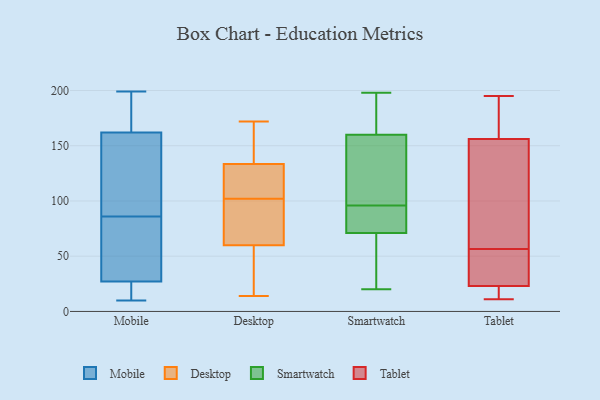
{"axis": {"x": "Page Views", "y": "Value"}, "legend": ["Desktop", "Mobile", "Smartwatch", "Tablet"], "data": [{"x": "", "y": 194, "type": "Mobile"}, {"x": "", "y": 27, "type": "Mobile"}, {"x": "", "y": 23, "type": "Mobile"}, {"x": "", "y": 199, "type": "Mobile"}, {"x": "", "y": 72, "type": "Mobile"}, {"x": "", "y": 90, "type": "Mobile"}, {"x": "", "y": 42, "type": "Mobile"}, {"x": "", "y": 10, "type": "Mobile"}, {"x": "", "y": 164, "type": "Mobile"}, {"x": "", "y": 25, "type": "Mobile"}, {"x": "", "y": 66, "type": "Mobile"}, {"x": "", "y": 162, "type": "Mobile"}, {"x": "", "y": 18, "type": "Mobile"}, {"x": "", "y": 82, "type": "Mobile"}, {"x": "", "y": 126, "type": "Mobile"}, {"x": "", "y": 136, "type": "Mobile"}, {"x": "", "y": 173, "type": "Mobile"}, {"x": "", "y": 156, "type": "Mobile"}, {"x": "", "y": 99, "type": "Desktop"}, {"x": "", "y": 49, "type": "Desktop"}, {"x": "", "y": 123, "type": "Desktop"}, {"x": "", "y": 141, "type": "Desktop"}, {"x": "", "y": 157, "type": "Desktop"}, {"x": "", "y": 172, "type": "Desktop"}, {"x": "", "y": 87, "type": "Desktop"}, {"x": "", "y": 57, "type": "Desktop"}, {"x": "", "y": 14, "type": "Desktop"}, {"x": "", "y": 137, "type": "Desktop"}, {"x": "", "y": 69, "type": "Desktop"}, {"x": "", "y": 160, "type": "Desktop"}, {"x": "", "y": 46, "type": "Desktop"}, {"x": "", "y": 117, "type": "Desktop"}, {"x": "", "y": 15, "type": "Desktop"}, {"x": "", "y": 114, "type": "Desktop"}, {"x": "", "y": 113, "type": "Desktop"}, {"x": "", "y": 71, "type": "Desktop"}, {"x": "", "y": 102, "type": "Desktop"}, {"x": "", "y": 85, "type": "Smartwatch"}, {"x": "", "y": 20, "type": "Smartwatch"}, {"x": "", "y": 194, "type": "Smartwatch"}, {"x": "", "y": 83, "type": "Smartwatch"}, {"x": "", "y": 142, "type": "Smartwatch"}, {"x": "", "y": 37, "type": "Smartwatch"}, {"x": "", "y": 114, "type": "Smartwatch"}, {"x": "", "y": 57, "type": "Smartwatch"}, {"x": "", "y": 101, "type": "Smartwatch"}, {"x": "", "y": 166, "type": "Smartwatch"}, {"x": "", "y": 198, "type": "Smartwatch"}, {"x": "", "y": 96, "type": "Smartwatch"}, {"x": "", "y": 67, "type": "Smartwatch"}, {"x": "", "y": 92, "type": "Smartwatch"}, {"x": "", "y": 185, "type": "Smartwatch"}, {"x": "", "y": 156, "type": "Tablet"}, {"x": "", "y": 159, "type": "Tablet"}, {"x": "", "y": 39, "type": "Tablet"}, {"x": "", "y": 11, "type": "Tablet"}, {"x": "", "y": 76, "type": "Tablet"}, {"x": "", "y": 40, "type": "Tablet"}, {"x": "", "y": 195, "type": "Tablet"}, {"x": "", "y": 19, "type": "Tablet"}, {"x": "", "y": 23, "type": "Tablet"}, {"x": "", "y": 73, "type": "Tablet"}]}